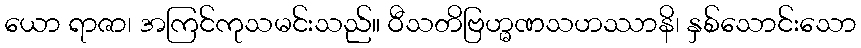
ယော ရာဇာ၊ အကြင်ကုသမင်းသည်။ ဝီသတိဗြဟ္မဏသဟဿာနိ၊ နှစ်သောင်းသော